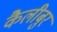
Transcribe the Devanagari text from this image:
कैलीबुर